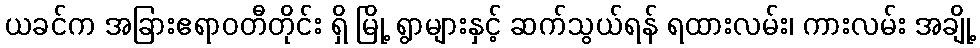
ယခင်က အခြားဧရာဝတီတိုင်း ရှိ မြို့ ရွာများနှင့် ဆက်သွယ်ရန် ရထားလမ်း၊ ကားလမ်း အချို့